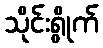
သိုင်းရွိုက်